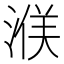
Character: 𪶤